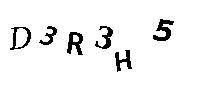
D3R3H5